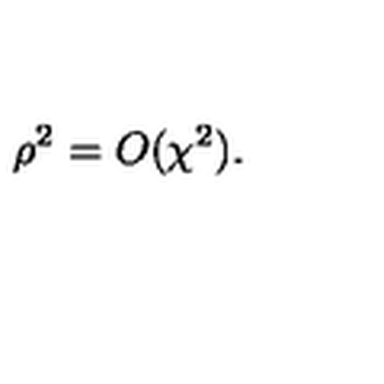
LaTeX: \rho ^ { 2 } = O ( \chi ^ { 2 } ) .